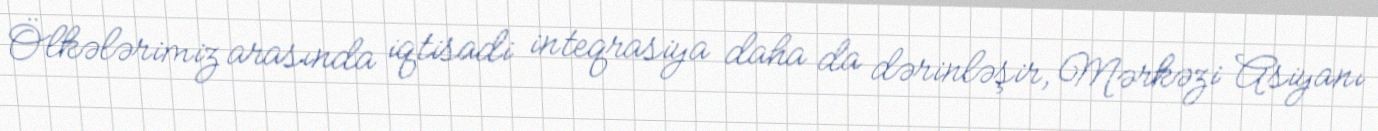
Ölkələrimiz arasında iqtisadi inteqrasiya daha da dərinləşir, Mərkəzi Asiyanı